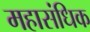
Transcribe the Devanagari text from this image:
महासंधिक